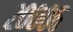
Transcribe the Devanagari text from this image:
२०००६